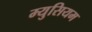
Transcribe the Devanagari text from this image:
म्युसियम